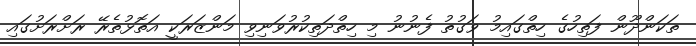
ތަކަންދޫން ފަތިހުގެ ހިތްގައިމު ވަގުތު ފެނުނު މި ހިތްދަތިކުރުވަނިވި މަންޒަރަކީ އަތޮޅުތެރޭ ރަށްރަށުގައި